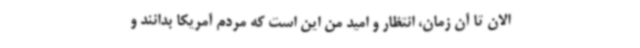
الان تا آن زمان، انتظار و امید من این است که مردم آمریکا بدانند و